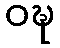
ဝဍ္ဎ